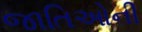
જાતિઓની